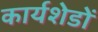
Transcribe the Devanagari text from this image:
कार्यशेडों